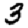
Digit: 3